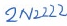
Text: 2N2222